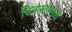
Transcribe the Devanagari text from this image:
चित्रपटंमध्ये